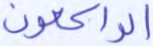
الراكعون